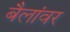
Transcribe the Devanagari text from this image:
बैलांवर